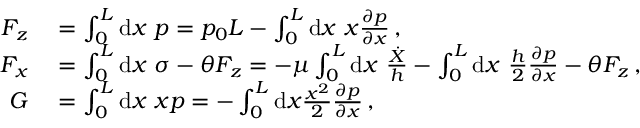
\begin{array} { r l } { F _ { z } } & { { } = \int _ { 0 } ^ { L } \mathrm { d } x \ p = p _ { 0 } L - \int _ { 0 } ^ { L } \mathrm { d } x \ x \frac { \partial p } { \partial x } \, , } \\ { F _ { x } } & { { } = \int _ { 0 } ^ { L } \mathrm { d } x \ \sigma - \theta F _ { z } = - \mu \int _ { 0 } ^ { L } \mathrm { d } x \ \frac { \dot { X } } { h } - \int _ { 0 } ^ { L } \mathrm { d } x \ \frac { h } { 2 } \frac { \partial p } { \partial x } - \theta F _ { z } \, , } \\ { G } & { { } = \int _ { 0 } ^ { L } \mathrm { d } x \ x p = - \int _ { 0 } ^ { L } \mathrm { d } x \frac { x ^ { 2 } } { 2 } \frac { \partial p } { \partial x } \, , } \end{array}